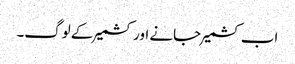
اب کشمیر جانے اور کشمیر کے لوگ۔